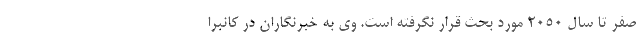
صفر تا سال ۲۰۵۰ مورد بحث قرار نگرفته است. وی به خبرنگاران در کانبرا